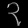
Digit: ၃